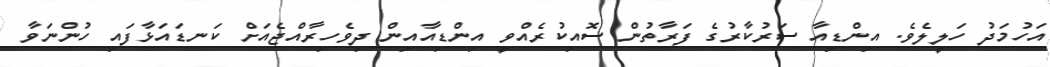
އަހުމަދު ހަލީލެވެ. އިންޑިއާ ސަރުކާރުގެ ފަރާތުން ސޮއިކުރެއްވީ އިންޑިއާއިން ދިވެހިރާއްޖެއަށް ކަނޑައަޅާފައި ހުންނަވާ